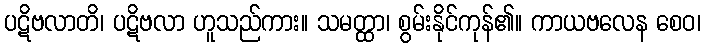
ပဋိဗလာတိ၊ ပဋိဗလာ ဟူသည်ကား။ သမတ္ထာ၊ စွမ်းနိုင်ကုန်၏။ ကာယဗလေန စေဝ၊